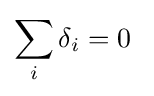
\sum _{i}\delta _{i}=0~